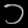
Digit: ၁